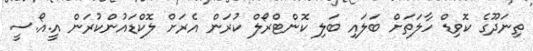
ތިނަދޫގެ ކޮވިޑް ހާލަތަށް ބަލައި ބަލި ކޮންޓްރޯލް ކުރަން އެރަށް ލޮކްޑައުންކުރަން އީ.އޯ.ސީ